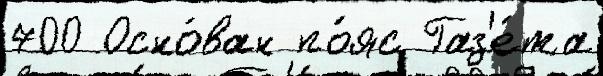
700 Осно́ван по́яс Газ'е́та